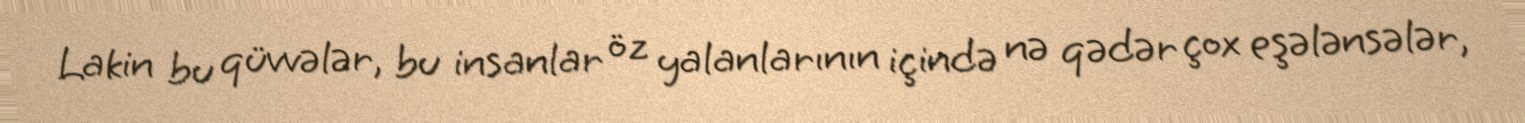
Lakin bu qüvvələr, bu insanlar öz yalanlarının içində nə qədər çox eşələnsələr,